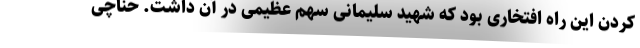
کردن این راه افتخاری بود که شهید سلیمانی سهم عظیمی در آن داشت. حناچی